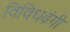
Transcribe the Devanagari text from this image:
विविधढंगी